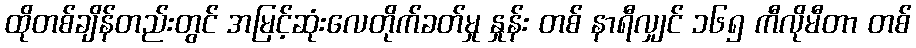
ထိုတစ်ချိန်တည်းတွင် အမြင့်ဆုံးလေတိုက်ခတ်မှု နှုန်း တစ် နာရီလျှင် ၁၆၅ ကီလိုမီတာ တစ်